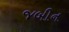
જબીન